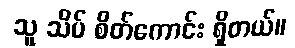
သူ သိပ် စိတ်ကောင်း ရှိတယ်။